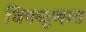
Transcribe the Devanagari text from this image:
चिपळूणात